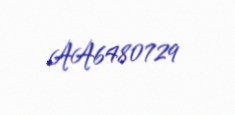
AA6480729